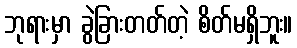
ဘုရားမှာ ခွဲခြားတတ်တဲ့ စိတ်မရှိဘူး။